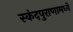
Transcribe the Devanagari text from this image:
स्कंदपुराणामध्ये